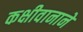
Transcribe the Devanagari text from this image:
कक्षीवानाने